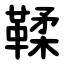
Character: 鞣